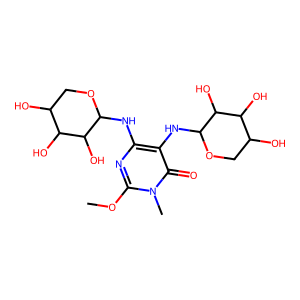
SMILES: COc1nc(NC2OCC(O)C(O)C2O)c(NC2OCC(O)C(O)C2O)c(=O)n1C
Inhibits HIV replication: No